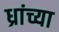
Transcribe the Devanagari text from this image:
ध्रांच्या